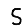
Digit: 5